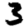
Digit: 3